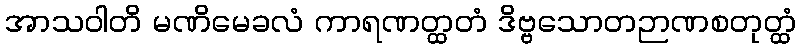
အာသဝါတိ မဏိမေခလံ ကာရဏတ္ထတံ ဒိဗ္ဗသောတဉာဏစတုတ္ထံ